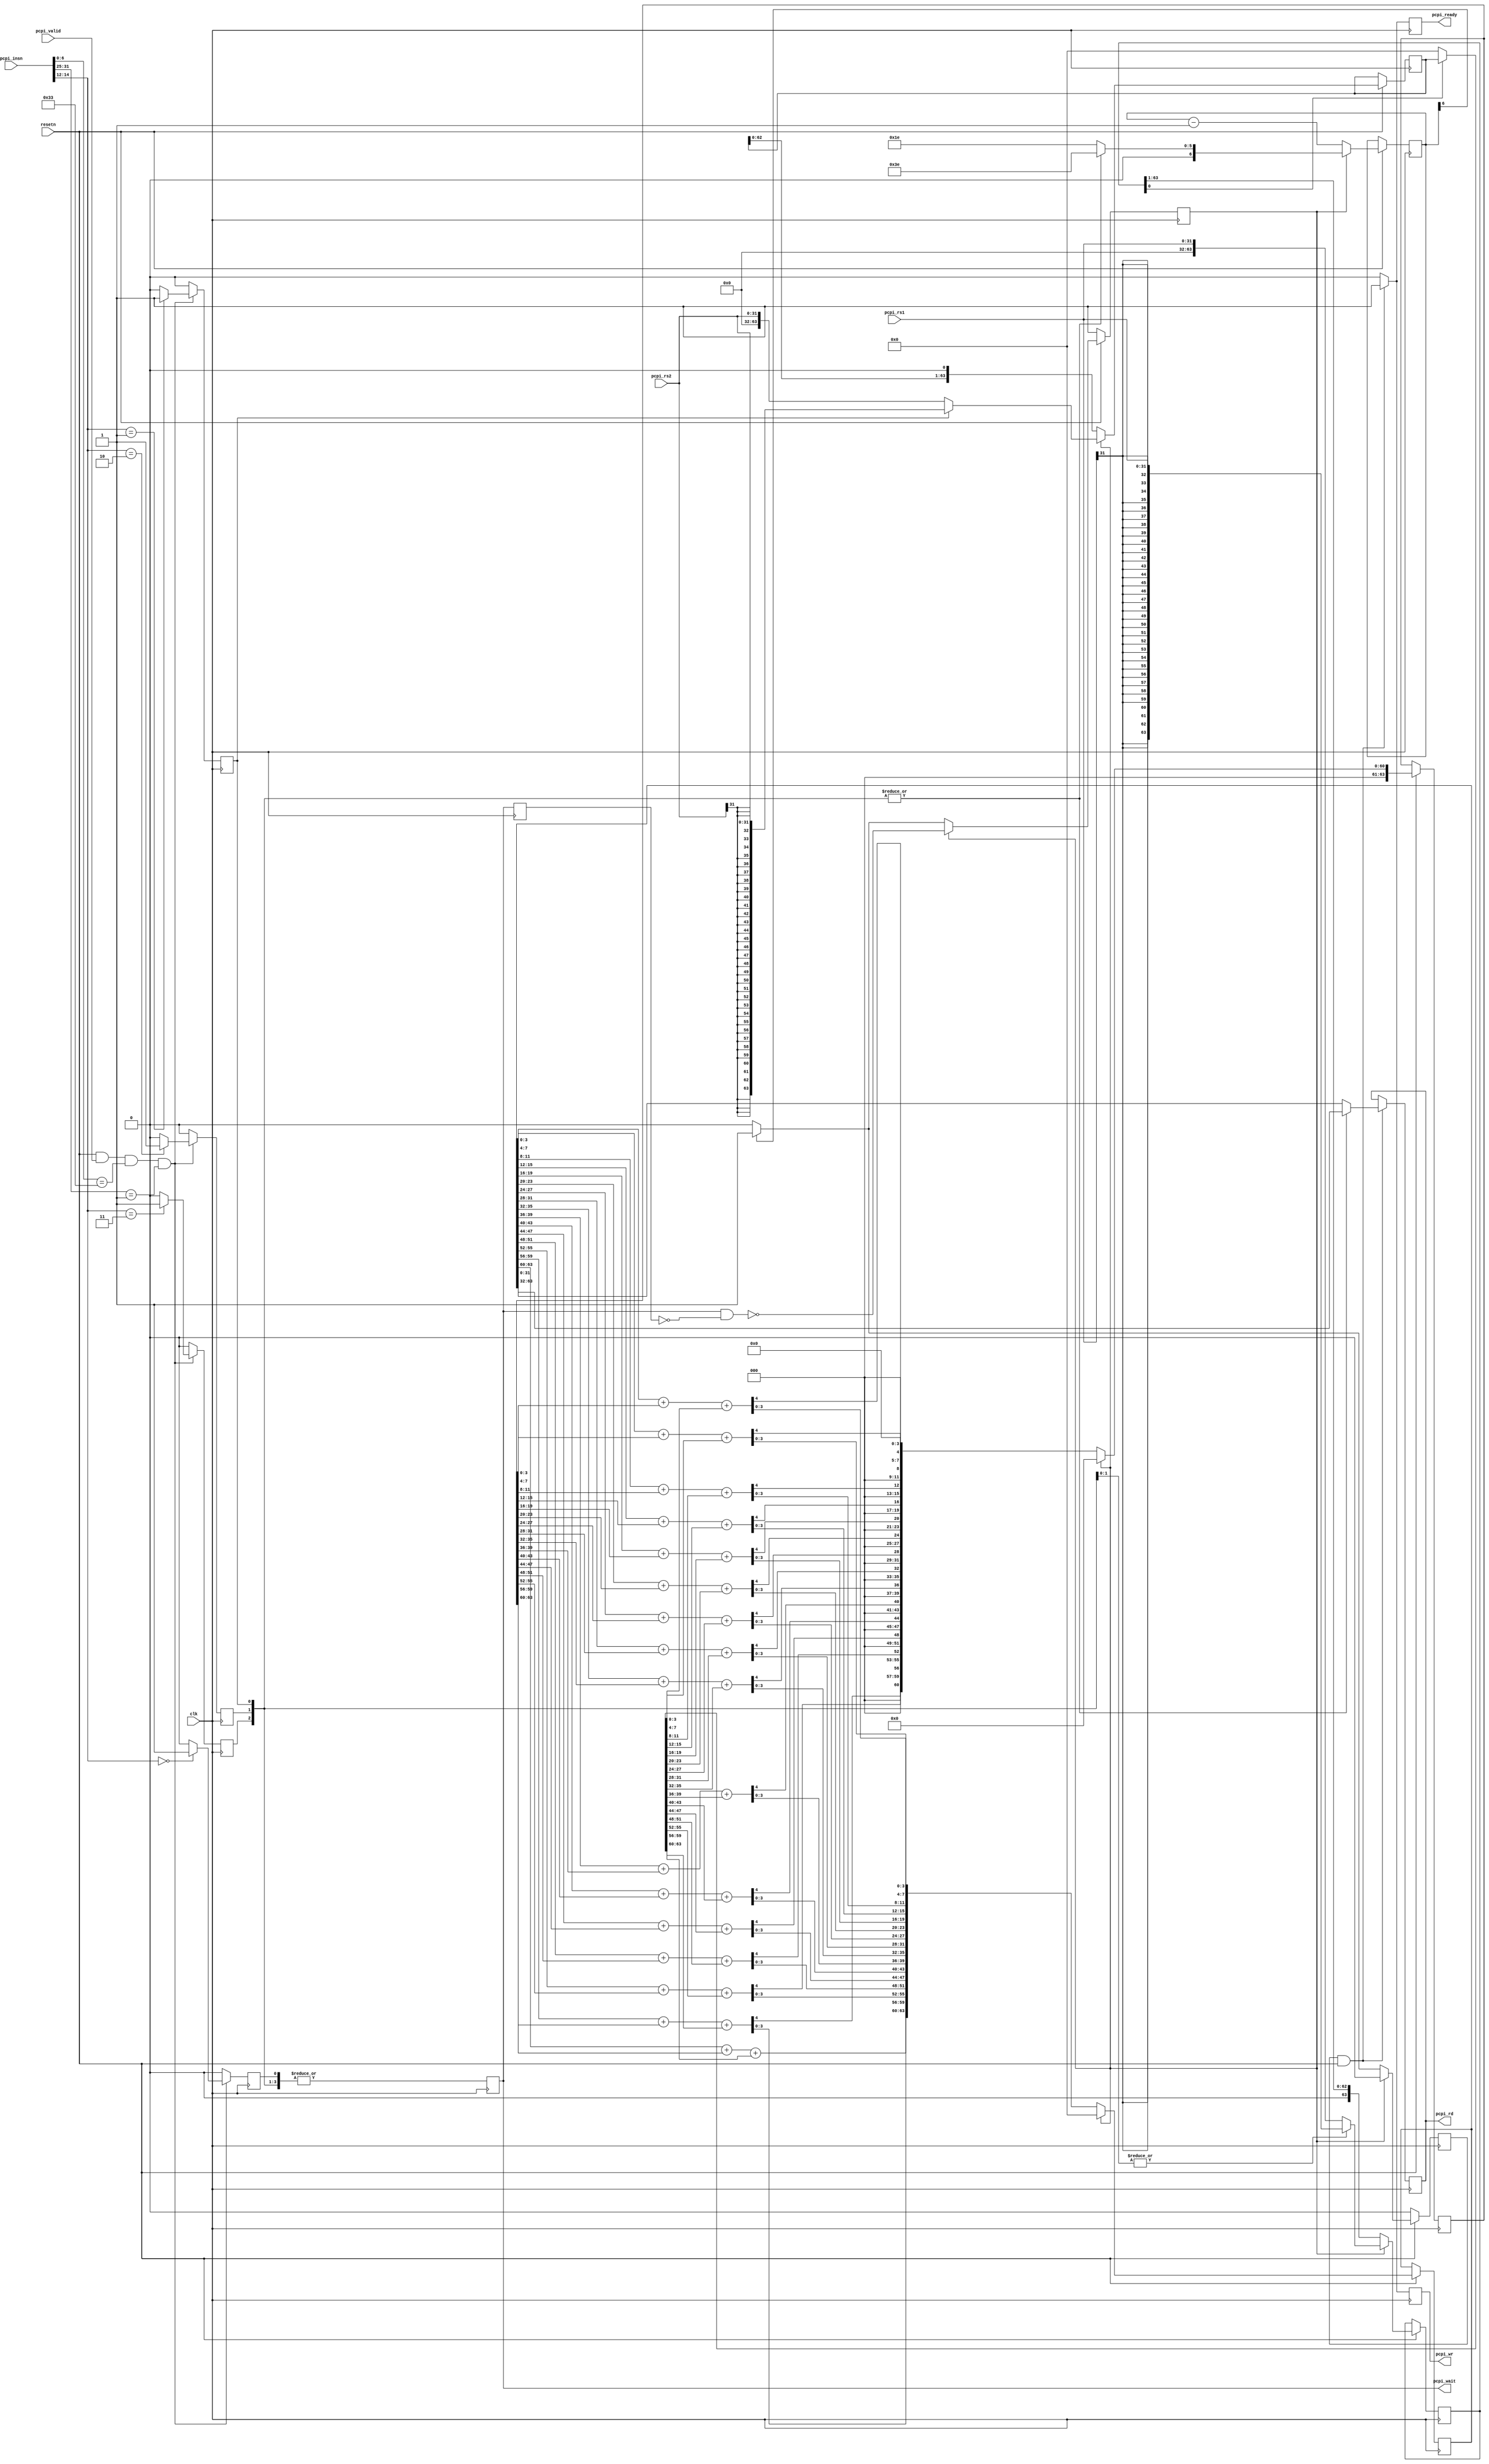
/***************************************************************
 * picorv32_pcpi_mul
 ***************************************************************/

module picorv32_pcpi_mul (
	input clk, 
	input resetn,

	input             pcpi_valid,
	input      [31:0] pcpi_insn,
	input      [31:0] pcpi_rs1,
	input      [31:0] pcpi_rs2,
	output reg        pcpi_wr,
	output reg [31:0] pcpi_rd,
	output reg        pcpi_wait,
	output reg        pcpi_ready
);

localparam STEPS_AT_ONCE = 1;
localparam CARRY_CHAIN = 4;

	reg instr_mul, instr_mulh, instr_mulhsu, instr_mulhu;
	wire instr_any_mul = |{instr_mul, instr_mulh, instr_mulhsu, instr_mulhu};
	wire instr_any_mulh = |{instr_mulh, instr_mulhsu, instr_mulhu};
	wire instr_rs1_signed = |{instr_mulh, instr_mulhsu};
	wire instr_rs2_signed = |{instr_mulh};

	reg pcpi_wait_q;
	wire mul_start = pcpi_wait && !pcpi_wait_q;

	always @(posedge clk) begin
		instr_mul <= 0;
		instr_mulh <= 0;
		instr_mulhsu <= 0;
		instr_mulhu <= 0;

		if (resetn && pcpi_valid && pcpi_insn[6:0] == 7'b0110011 && pcpi_insn[31:25] == 7'b0000001) begin
			case (pcpi_insn[14:12])
				3'b000: instr_mul <= 1;
				3'b001: instr_mulh <= 1;
				3'b010: instr_mulhsu <= 1;
				3'b011: instr_mulhu <= 1;
			endcase
		end

		pcpi_wait <= instr_any_mul;
		pcpi_wait_q <= pcpi_wait;
	end

	reg [63:0] rs1, rs2, rd, rdx;
	reg [63:0] next_rs1, next_rs2, this_rs2;
	reg [63:0] next_rd, next_rdx, next_rdt;
	reg [6:0] mul_counter;
	reg mul_waiting;
	reg mul_finish;
	integer i, j;

	// carry save accumulator
	always @* begin
		next_rd = rd;
		next_rdx = rdx;
		next_rs1 = rs1;
		next_rs2 = rs2;

		for (i = 0; i < STEPS_AT_ONCE; i=i+1) begin
			this_rs2 = next_rs1[0] ? next_rs2 : 0;
			if (CARRY_CHAIN == 0) begin
				next_rdt = next_rd ^ next_rdx ^ this_rs2;
				next_rdx = ((next_rd & next_rdx) | (next_rd & this_rs2) | (next_rdx & this_rs2)) << 1;
				next_rd = next_rdt;
			end else begin
				next_rdt = 0;
				for (j = 0; j < 64; j = j + CARRY_CHAIN)
					{next_rdt[j+CARRY_CHAIN-1], next_rd[j +: CARRY_CHAIN]} =
							next_rd[j +: CARRY_CHAIN] + next_rdx[j +: CARRY_CHAIN] + this_rs2[j +: CARRY_CHAIN];
				next_rdx = next_rdt << 1;
			end
			next_rs1 = next_rs1 >> 1;
			next_rs2 = next_rs2 << 1;
		end
	end

	always @(posedge clk) begin
		mul_finish <= 0;
		if (!resetn) begin
			mul_waiting <= 1;
		end else
		if (mul_waiting) begin
			if (instr_rs1_signed)
				rs1 <= $signed(pcpi_rs1);
			else
				rs1 <= $unsigned(pcpi_rs1);

			if (instr_rs2_signed)
				rs2 <= $signed(pcpi_rs2);
			else
				rs2 <= $unsigned(pcpi_rs2);

			rd <= 0;
			rdx <= 0;
			mul_counter <= (instr_any_mulh ? 63 - STEPS_AT_ONCE : 31 - STEPS_AT_ONCE);
			mul_waiting <= !mul_start;
		end else begin
			rd <= next_rd;
			rdx <= next_rdx;
			rs1 <= next_rs1;
			rs2 <= next_rs2;

			mul_counter <= mul_counter - STEPS_AT_ONCE;
			if (mul_counter[6]) begin
				mul_finish <= 1;
				mul_waiting <= 1;
			end
		end
	end

	always @(posedge clk) begin
		pcpi_wr <= 0;
		pcpi_ready <= 0;
		if (mul_finish && resetn) begin
			pcpi_wr <= 1;
			pcpi_ready <= 1;
			pcpi_rd <= instr_any_mulh ? rd >> 32 : rd;
		end
	end
endmodule